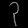
Digit: ၃